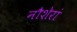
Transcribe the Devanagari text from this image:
नौशेरां